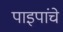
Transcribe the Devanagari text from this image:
पाइपांचे